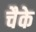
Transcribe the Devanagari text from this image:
चैके